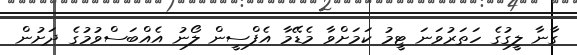
ގާނާ ލީގުގެ ހަތަރުވަނަ ޓީމު ކަމަށްވާ މެޑޭމާ އެފްސީން ލޯނު އެއްބަސްވުމުގެ ދަށުން